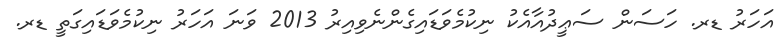
އަހަރު ޑރ. ހަސަން ސަޢީދުއާއެކު ނިކުމެވަޑައިގެންނެވިއިރު 2013 ވަނަ އަހަރު ނިކުމެވަޑައިގަތީ ޑރ.